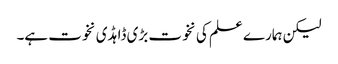
لیکن ہمارے علم کی نخوت بڑی ڈاہڈی نخوت ہے۔